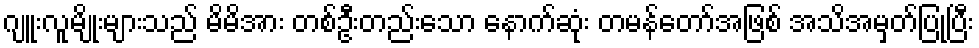
ဂျူးလူမျိုးများသည် မိမိအား တစ်ဦးတည်းသော နောက်ဆုံး တမန်တော်အဖြစ် အသိအမှတ်ပြုပြီး